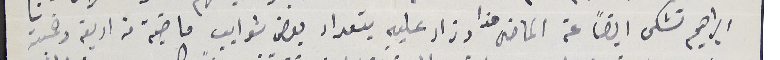
ابراهيم تشكى ايضاً عن الماضى هذا وزاد عليه بتعداد بعض شوايب ماضية من اربعة وخمسة